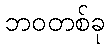
ဘဝတစ်ခု